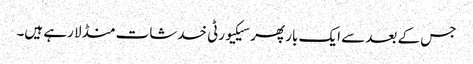
جس کے بعد سے ایک بار پھر سیکیورٹی خدشات منڈلا رہے ہیں۔